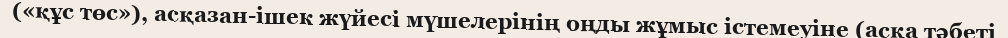
(«құс төс»), асқазан-ішек жүйесі мүшелерінің оңды жұмыс істемеуіне (асқа тәбеті